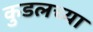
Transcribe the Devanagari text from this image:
कुडलच्या